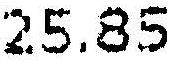
25.85